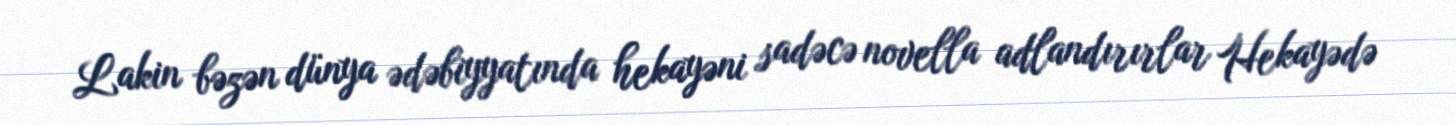
Lakin bəzən dünya ədəbiyyatında hekayəni sadəcə novella adlandırırlar Hekayədə